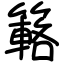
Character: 簵